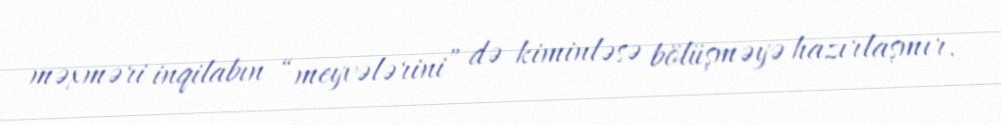
məxməri inqilabın “meyvələrini” də kiminləsə bölüşməyə hazırlaşmır.